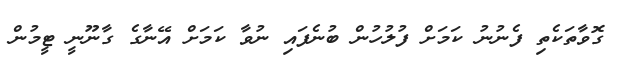
ގޮވާތަކެތި ފެނުނު ކަމަށް ފުލުހުން ބުނެފައި ނުވާ ކަމަށް އޭނާގެ ގާނޫނީ ޓީމުން